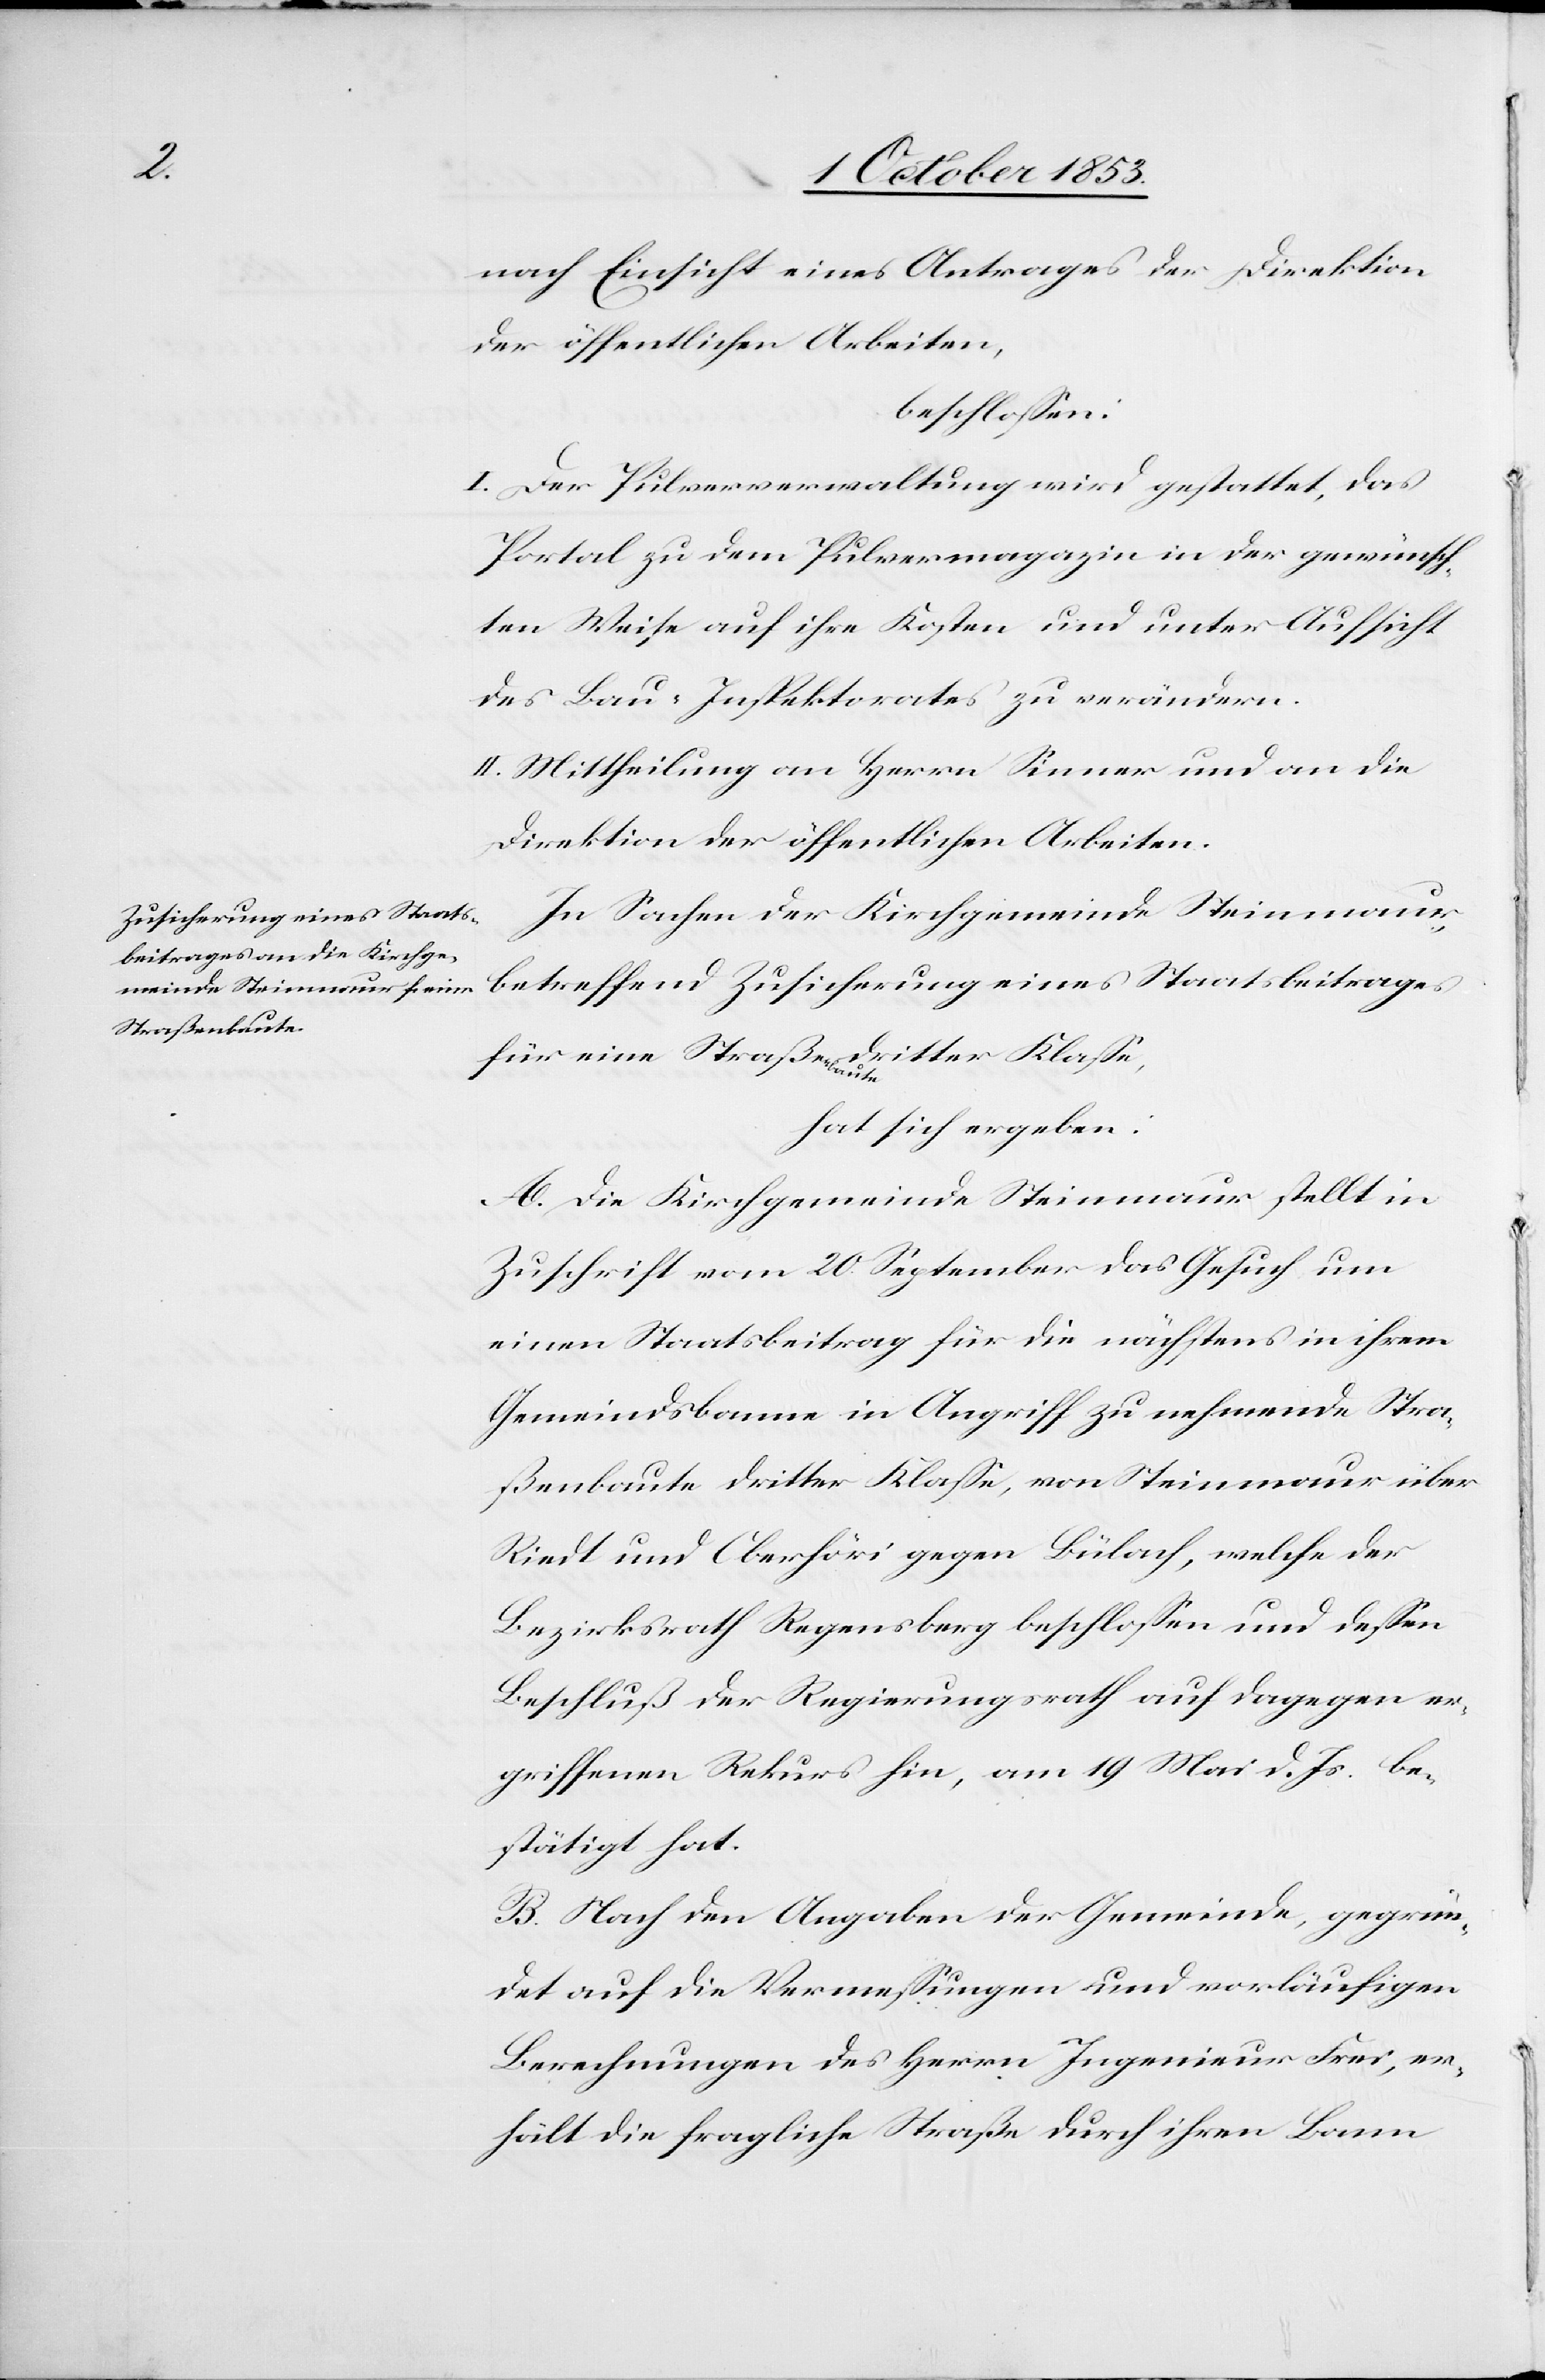
nach Einsicht eines Antrages der Direktion
der öffentlichen Arbeiten,
beschloßen:
I. Der Pulververwaltung wird gestattet, das
Portal zu dem Pulvermagazin in der gewünsch¬
ten Weise auf ihre Kosten und unter Aufsicht
des Bau-Prorektorates zu verändern.
II. Mittheilung an Herrn Sinner und an die
Direktion der öffentlichen Arbeiten.
In Sachen der Kirchgemeinde Steinmaur,
betreffend Zusicherung eines Staatsbeitrages
für eine Straße dritter Klaße,
hat sich ergeben:
A. Die Kirchgemeinde Steinmaur stellt in
Zuschrift vom 20 September das Gesuch um
einen Staatsbeitrag für die nächstens in ihrem
Gemeindsbann in Angriff zu nehmende Stra¬
ßenbaute dritter Klaße, von Steinmaur über
Riedt und Oberhöri gegen Bülach, welche der
Bezirksrath Regensberg beschloßen und deßen
Beschluß der Regierungsrath auf dagegen er¬
griffenen Rekurs hin, am 19 Mai d. Js. be¬
stätigt hat.
B. Nach den Angaben der Gemeinde, gegrün¬
det auf die Veranlaßungen und vorläufigen
Berechnungen des Herrn Ingenieur Frei, er¬
hält die fragliche Straße durch ihren Bann